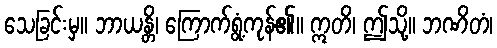
သေခြင်းမှ။ ဘာယန္တိ၊ ကြောက်ရွံ့ကုန်၏။ ဣတိ၊ ဤသို့။ ဘဏိတံ၊